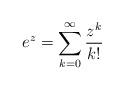
LaTeX: \begin{align*} e^z=\sum_{k=0}^\infty \frac{z^k}{k!}\end{align*}